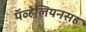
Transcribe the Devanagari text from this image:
पॅव्हेलियनसह